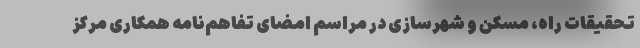
تحقیقات راه، مسکن و شهرسازی در مراسم امضای تفاهم‌نامه همکاری مرکز